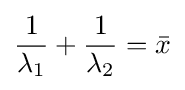
{\frac {1}{\lambda _{1}}}+{\frac {1}{\lambda _{2}}}={\bar {x}}